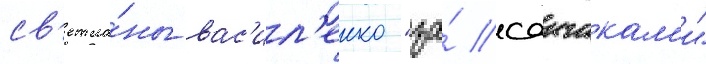
св'етла́ны вас'ил'енко "за́ саигакам'и"